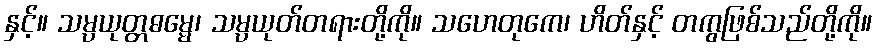
နှင့်။ သမ္ပယုတ္တဓမ္မေ၊ သမ္ပယုတ်တရားတို့ကို။ သဟေတုကေ၊ ဟိတ်နှင့် တကွဖြစ်သည်တို့ကို။